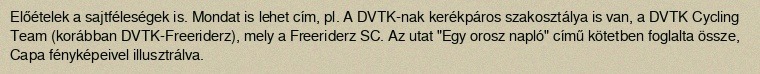
Előételek a sajtféleségek is. Mondat is lehet cím, pl. A DVTK-nak kerékpáros szakosztálya is van, a DVTK Cycling Team (korábban DVTK-Freeriderz), mely a Freeriderz SC. Az utat "Egy orosz napló" című kötetben foglalta össze, Capa fényképeivel illusztrálva.